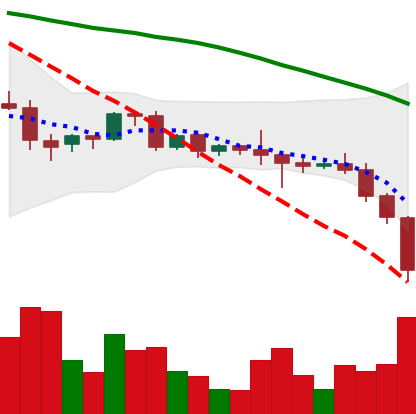
Ticker: BNB-USD
Chart end date: 2022-06-13
Forward return: -11.444%
Label: down_7plus